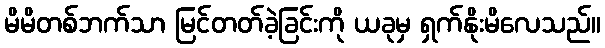
မိမိတစ်ဘက်သာ မြင်တတ်ခဲ့ခြင်းကို ယခုမှ ရှက်နိုးမိလေသည်။